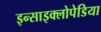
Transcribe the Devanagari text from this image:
इन्साइक्लोपेडिया